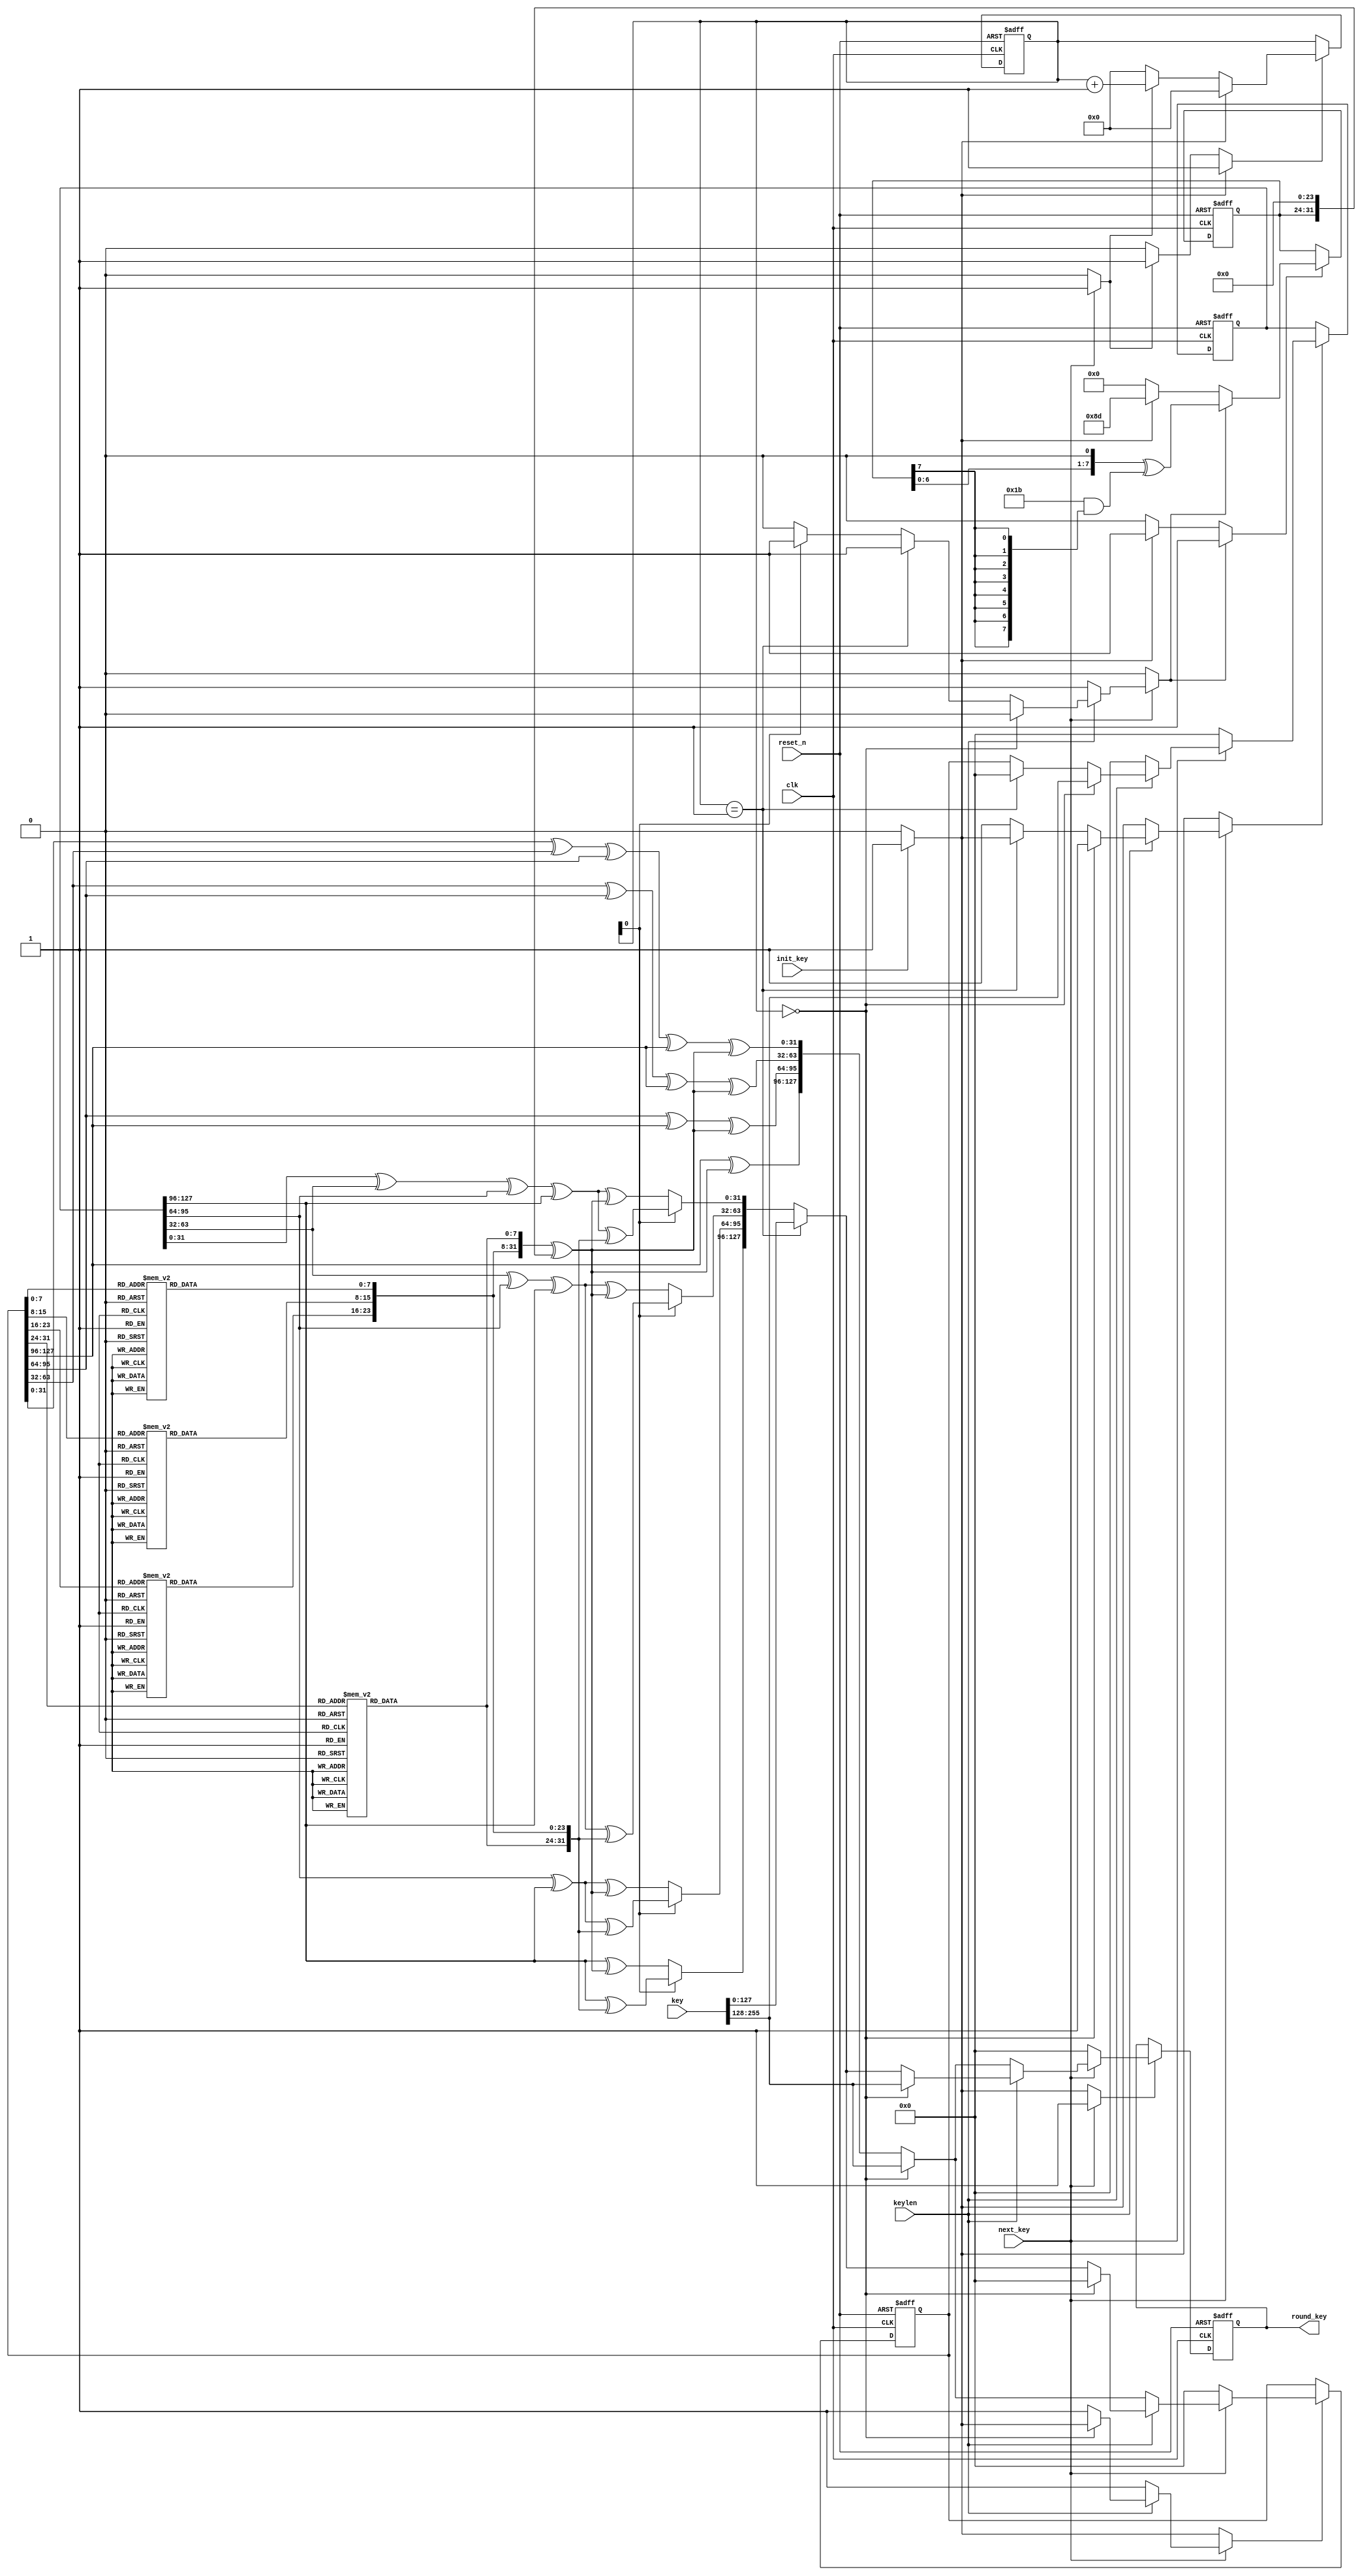
module aes_key_mem(
                   input wire            clk,
                   input wire            reset_n,

                   input wire [255 : 0]  key,
                   input wire            keylen,
                   input wire            init_key,
                   input wire            next_key,

                   output wire [127 : 0] round_key
                  );


  //----------------------------------------------------------------
  // Parameters.
  //----------------------------------------------------------------
  localparam AES_128_BIT_KEY = 1'h0;
  localparam AES_256_BIT_KEY = 1'h1;


  //----------------------------------------------------------------
  // Registers.
  //----------------------------------------------------------------
  reg [127 : 0] prev_key0_reg;
  reg [127 : 0] prev_key0_new;
  reg           prev_key0_we;

  reg [127 : 0] prev_key1_reg;
  reg [127 : 0] prev_key1_new;
  reg           prev_key1_we;

  reg [127 : 0] round_key_reg;
  reg [127 : 0] round_key_new;
  reg           round_key_we;

  reg [3 : 0] round_ctr_reg;
  reg [3 : 0] round_ctr_new;
  reg         round_ctr_rst;
  reg         round_ctr_inc;
  reg         round_ctr_we;

  reg [7 : 0] rcon_reg;
  reg [7 : 0] rcon_new;
  reg         rcon_we;
  reg         rcon_set;
  reg         rcon_next;


  //----------------------------------------------------------------
  // Functions.
  //----------------------------------------------------------------
  function [7 : 0] sb(input [7 : 0] x);
    case(x)
      8'h00: sb = 8'h63;
      8'h01: sb = 8'h7c;
      8'h02: sb = 8'h77;
      8'h03: sb = 8'h7b;
      8'h04: sb = 8'hf2;
      8'h05: sb = 8'h6b;
      8'h06: sb = 8'h6f;
      8'h07: sb = 8'hc5;
      8'h08: sb = 8'h30;
      8'h09: sb = 8'h01;
      8'h0a: sb = 8'h67;
      8'h0b: sb = 8'h2b;
      8'h0c: sb = 8'hfe;
      8'h0d: sb = 8'hd7;
      8'h0e: sb = 8'hab;
      8'h0f: sb = 8'h76;
      8'h10: sb = 8'hca;
      8'h11: sb = 8'h82;
      8'h12: sb = 8'hc9;
      8'h13: sb = 8'h7d;
      8'h14: sb = 8'hfa;
      8'h15: sb = 8'h59;
      8'h16: sb = 8'h47;
      8'h17: sb = 8'hf0;
      8'h18: sb = 8'had;
      8'h19: sb = 8'hd4;
      8'h1a: sb = 8'ha2;
      8'h1b: sb = 8'haf;
      8'h1c: sb = 8'h9c;
      8'h1d: sb = 8'ha4;
      8'h1e: sb = 8'h72;
      8'h1f: sb = 8'hc0;
      8'h20: sb = 8'hb7;
      8'h21: sb = 8'hfd;
      8'h22: sb = 8'h93;
      8'h23: sb = 8'h26;
      8'h24: sb = 8'h36;
      8'h25: sb = 8'h3f;
      8'h26: sb = 8'hf7;
      8'h27: sb = 8'hcc;
      8'h28: sb = 8'h34;
      8'h29: sb = 8'ha5;
      8'h2a: sb = 8'he5;
      8'h2b: sb = 8'hf1;
      8'h2c: sb = 8'h71;
      8'h2d: sb = 8'hd8;
      8'h2e: sb = 8'h31;
      8'h2f: sb = 8'h15;
      8'h30: sb = 8'h04;
      8'h31: sb = 8'hc7;
      8'h32: sb = 8'h23;
      8'h33: sb = 8'hc3;
      8'h34: sb = 8'h18;
      8'h35: sb = 8'h96;
      8'h36: sb = 8'h05;
      8'h37: sb = 8'h9a;
      8'h38: sb = 8'h07;
      8'h39: sb = 8'h12;
      8'h3a: sb = 8'h80;
      8'h3b: sb = 8'he2;
      8'h3c: sb = 8'heb;
      8'h3d: sb = 8'h27;
      8'h3e: sb = 8'hb2;
      8'h3f: sb = 8'h75;
      8'h40: sb = 8'h09;
      8'h41: sb = 8'h83;
      8'h42: sb = 8'h2c;
      8'h43: sb = 8'h1a;
      8'h44: sb = 8'h1b;
      8'h45: sb = 8'h6e;
      8'h46: sb = 8'h5a;
      8'h47: sb = 8'ha0;
      8'h48: sb = 8'h52;
      8'h49: sb = 8'h3b;
      8'h4a: sb = 8'hd6;
      8'h4b: sb = 8'hb3;
      8'h4c: sb = 8'h29;
      8'h4d: sb = 8'he3;
      8'h4e: sb = 8'h2f;
      8'h4f: sb = 8'h84;
      8'h50: sb = 8'h53;
      8'h51: sb = 8'hd1;
      8'h52: sb = 8'h00;
      8'h53: sb = 8'hed;
      8'h54: sb = 8'h20;
      8'h55: sb = 8'hfc;
      8'h56: sb = 8'hb1;
      8'h57: sb = 8'h5b;
      8'h58: sb = 8'h6a;
      8'h59: sb = 8'hcb;
      8'h5a: sb = 8'hbe;
      8'h5b: sb = 8'h39;
      8'h5c: sb = 8'h4a;
      8'h5d: sb = 8'h4c;
      8'h5e: sb = 8'h58;
      8'h5f: sb = 8'hcf;
      8'h60: sb = 8'hd0;
      8'h61: sb = 8'hef;
      8'h62: sb = 8'haa;
      8'h63: sb = 8'hfb;
      8'h64: sb = 8'h43;
      8'h65: sb = 8'h4d;
      8'h66: sb = 8'h33;
      8'h67: sb = 8'h85;
      8'h68: sb = 8'h45;
      8'h69: sb = 8'hf9;
      8'h6a: sb = 8'h02;
      8'h6b: sb = 8'h7f;
      8'h6c: sb = 8'h50;
      8'h6d: sb = 8'h3c;
      8'h6e: sb = 8'h9f;
      8'h6f: sb = 8'ha8;
      8'h70: sb = 8'h51;
      8'h71: sb = 8'ha3;
      8'h72: sb = 8'h40;
      8'h73: sb = 8'h8f;
      8'h74: sb = 8'h92;
      8'h75: sb = 8'h9d;
      8'h76: sb = 8'h38;
      8'h77: sb = 8'hf5;
      8'h78: sb = 8'hbc;
      8'h79: sb = 8'hb6;
      8'h7a: sb = 8'hda;
      8'h7b: sb = 8'h21;
      8'h7c: sb = 8'h10;
      8'h7d: sb = 8'hff;
      8'h7e: sb = 8'hf3;
      8'h7f: sb = 8'hd2;
      8'h80: sb = 8'hcd;
      8'h81: sb = 8'h0c;
      8'h82: sb = 8'h13;
      8'h83: sb = 8'hec;
      8'h84: sb = 8'h5f;
      8'h85: sb = 8'h97;
      8'h86: sb = 8'h44;
      8'h87: sb = 8'h17;
      8'h88: sb = 8'hc4;
      8'h89: sb = 8'ha7;
      8'h8a: sb = 8'h7e;
      8'h8b: sb = 8'h3d;
      8'h8c: sb = 8'h64;
      8'h8d: sb = 8'h5d;
      8'h8e: sb = 8'h19;
      8'h8f: sb = 8'h73;
      8'h90: sb = 8'h60;
      8'h91: sb = 8'h81;
      8'h92: sb = 8'h4f;
      8'h93: sb = 8'hdc;
      8'h94: sb = 8'h22;
      8'h95: sb = 8'h2a;
      8'h96: sb = 8'h90;
      8'h97: sb = 8'h88;
      8'h98: sb = 8'h46;
      8'h99: sb = 8'hee;
      8'h9a: sb = 8'hb8;
      8'h9b: sb = 8'h14;
      8'h9c: sb = 8'hde;
      8'h9d: sb = 8'h5e;
      8'h9e: sb = 8'h0b;
      8'h9f: sb = 8'hdb;
      8'ha0: sb = 8'he0;
      8'ha1: sb = 8'h32;
      8'ha2: sb = 8'h3a;
      8'ha3: sb = 8'h0a;
      8'ha4: sb = 8'h49;
      8'ha5: sb = 8'h06;
      8'ha6: sb = 8'h24;
      8'ha7: sb = 8'h5c;
      8'ha8: sb = 8'hc2;
      8'ha9: sb = 8'hd3;
      8'haa: sb = 8'hac;
      8'hab: sb = 8'h62;
      8'hac: sb = 8'h91;
      8'had: sb = 8'h95;
      8'hae: sb = 8'he4;
      8'haf: sb = 8'h79;
      8'hb0: sb = 8'he7;
      8'hb1: sb = 8'hc8;
      8'hb2: sb = 8'h37;
      8'hb3: sb = 8'h6d;
      8'hb4: sb = 8'h8d;
      8'hb5: sb = 8'hd5;
      8'hb6: sb = 8'h4e;
      8'hb7: sb = 8'ha9;
      8'hb8: sb = 8'h6c;
      8'hb9: sb = 8'h56;
      8'hba: sb = 8'hf4;
      8'hbb: sb = 8'hea;
      8'hbc: sb = 8'h65;
      8'hbd: sb = 8'h7a;
      8'hbe: sb = 8'hae;
      8'hbf: sb = 8'h08;
      8'hc0: sb = 8'hba;
      8'hc1: sb = 8'h78;
      8'hc2: sb = 8'h25;
      8'hc3: sb = 8'h2e;
      8'hc4: sb = 8'h1c;
      8'hc5: sb = 8'ha6;
      8'hc6: sb = 8'hb4;
      8'hc7: sb = 8'hc6;
      8'hc8: sb = 8'he8;
      8'hc9: sb = 8'hdd;
      8'hca: sb = 8'h74;
      8'hcb: sb = 8'h1f;
      8'hcc: sb = 8'h4b;
      8'hcd: sb = 8'hbd;
      8'hce: sb = 8'h8b;
      8'hcf: sb = 8'h8a;
      8'hd0: sb = 8'h70;
      8'hd1: sb = 8'h3e;
      8'hd2: sb = 8'hb5;
      8'hd3: sb = 8'h66;
      8'hd4: sb = 8'h48;
      8'hd5: sb = 8'h03;
      8'hd6: sb = 8'hf6;
      8'hd7: sb = 8'h0e;
      8'hd8: sb = 8'h61;
      8'hd9: sb = 8'h35;
      8'hda: sb = 8'h57;
      8'hdb: sb = 8'hb9;
      8'hdc: sb = 8'h86;
      8'hdd: sb = 8'hc1;
      8'hde: sb = 8'h1d;
      8'hdf: sb = 8'h9e;
      8'he0: sb = 8'he1;
      8'he1: sb = 8'hf8;
      8'he2: sb = 8'h98;
      8'he3: sb = 8'h11;
      8'he4: sb = 8'h69;
      8'he5: sb = 8'hd9;
      8'he6: sb = 8'h8e;
      8'he7: sb = 8'h94;
      8'he8: sb = 8'h9b;
      8'he9: sb = 8'h1e;
      8'hea: sb = 8'h87;
      8'heb: sb = 8'he9;
      8'hec: sb = 8'hce;
      8'hed: sb = 8'h55;
      8'hee: sb = 8'h28;
      8'hef: sb = 8'hdf;
      8'hf0: sb = 8'h8c;
      8'hf1: sb = 8'ha1;
      8'hf2: sb = 8'h89;
      8'hf3: sb = 8'h0d;
      8'hf4: sb = 8'hbf;
      8'hf5: sb = 8'he6;
      8'hf6: sb = 8'h42;
      8'hf7: sb = 8'h68;
      8'hf8: sb = 8'h41;
      8'hf9: sb = 8'h99;
      8'hfa: sb = 8'h2d;
      8'hfb: sb = 8'h0f;
      8'hfc: sb = 8'hb0;
      8'hfd: sb = 8'h54;
      8'hfe: sb = 8'hbb;
      8'hff: sb = 8'h16;
    endcase // case (x)
  endfunction // sb

  function [31 : 0] sbox(input [31 : 0] xw);
    sbox = {sb(xw[31 : 24]), sb(xw[23 : 16]),
            sb(xw[15 : 08]), sb(xw[07 : 00])};
  endfunction // sbox


  //----------------------------------------------------------------
  // Concurrent assignments for ports.
  //----------------------------------------------------------------
  assign round_key = round_key_reg;


  //----------------------------------------------------------------
  // reg_update
  //
  // Update functionality for all registers in the core.
  // All registers are positive edge triggered with asynchronous
  // active low reset. All registers have write enable.
  //----------------------------------------------------------------
  always @ (posedge clk or negedge reset_n)
    begin: reg_update
      if (!reset_n)
        begin
          rcon_reg         <= 8'h0;
          round_ctr_reg    <= 4'h0;
          prev_key0_reg    <= 128'h0;
          prev_key1_reg    <= 128'h0;
          round_key_reg    <= 128'h0;
        end
      else
        begin
          if (round_ctr_we)
            round_ctr_reg <= round_ctr_new;

          if (rcon_we)
            rcon_reg <= rcon_new;

          if (prev_key0_we)
            prev_key0_reg <= prev_key0_new;

          if (prev_key1_we)
            prev_key1_reg <= prev_key1_new;

          if (round_key_we)
            round_key_reg <= round_key_new;
        end
    end // reg_update


  //----------------------------------------------------------------
  // round_key_gen
  //
  // The round key generator logic for AES-128 and AES-256.
  //----------------------------------------------------------------
  always @*
    begin: round_key_gen
      reg [31 : 0] w0, w1, w2, w3, w4, w5, w6, w7;
      reg [31 : 0] k0, k1, k2, k3;
      reg [31 : 0] rconw, new_sboxw, rotstw, tw, trw;

      prev_key0_new = 128'h0;
      prev_key0_we  = 1'h0;
      prev_key1_new = 128'h0;
      prev_key1_we  = 1'h0;
      round_key_new = 128'h0;
      round_key_we  = 1'h0;
      k0            = 32'h0;
      k1            = 32'h0;
      k2            = 32'h0;
      k3            = 32'h0;
      rcon_next     = 1'h0;
      rcon_set      = 1'h0;
      round_ctr_rst = 1'h0;
      round_ctr_inc = 1'h0;

      // Extract words and calculate intermediate values.
      // Perform rotation of sbox word etc.
      w0 = prev_key0_reg[127 : 096];
      w1 = prev_key0_reg[095 : 064];
      w2 = prev_key0_reg[063 : 032];
      w3 = prev_key0_reg[031 : 000];

      w4 = prev_key1_reg[127 : 096];
      w5 = prev_key1_reg[095 : 064];
      w6 = prev_key1_reg[063 : 032];
      w7 = prev_key1_reg[031 : 000];

      rconw = {rcon_reg, 24'h0};
      new_sboxw = sbox(w7);
      tw = new_sboxw;
      rotstw = {new_sboxw[23 : 00], new_sboxw[31 : 24]};
      trw = rotstw ^ rconw;


      if (init_key)
        begin
          rcon_set      = 1'h1;
          prev_key0_new = 128'h0;
          prev_key0_we  = 1'h1;
          prev_key1_new = 128'h0;
          prev_key1_we  = 1'h1;
          round_key_new = 128'h0;
          round_key_we  = 1'h1;
          round_ctr_rst = 1'h1;
        end


      if (next_key)
        begin
          round_key_we  = 1'h1;
          round_ctr_inc = 1'h1;

          if (keylen == AES_128_BIT_KEY)
            begin
              if (round_ctr_reg == 0)
                begin
                  round_key_new = key[255 : 128];
                  prev_key1_new = key[255 : 128];
                  prev_key1_we  = 1'b1;
                  rcon_next     = 1'b1;
                end
              else
                begin
                  k0 = w4 ^ trw;
                  k1 = w5 ^ w4 ^ trw;
                  k2 = w6 ^ w5 ^ w4 ^ trw;
                  k3 = w7 ^ w6 ^ w5 ^ w4 ^ trw;

                  round_key_new = {k0, k1, k2, k3};
                  prev_key1_new = {k0, k1, k2, k3};
                  prev_key1_we  = 1'b1;
                  rcon_next     = 1'b1;
                end
            end

          else
            begin
              // AES_256_BIT_KEY
              if (round_ctr_reg == 0)
                begin
                  round_key_new = key[255 : 128];
                  prev_key0_new = key[255 : 128];
                  prev_key0_we  = 1'b1;
                end
              else if (round_ctr_reg == 1)
                begin
                  round_key_new = key[127 : 0];
                  prev_key1_new = key[127 : 0];
                  prev_key1_we  = 1'b1;
                  rcon_next     = 1'b1;
                end
              else
                begin
                  if (round_ctr_reg[0] == 0)
                    begin
                      k0 = w0 ^ trw;
                      k1 = w1 ^ w0 ^ trw;
                      k2 = w2 ^ w1 ^ w0 ^ trw;
                      k3 = w3 ^ w2 ^ w1 ^ w0 ^ trw;
                    end
                  else
                    begin
                      k0 = w0 ^ tw;
                      k1 = w1 ^ w0 ^ tw;
                      k2 = w2 ^ w1 ^ w0 ^ tw;
                      k3 = w3 ^ w2 ^ w1 ^ w0 ^ tw;
                      rcon_next = 1'b1;
                    end

                  // Store the generated round keys.
                  round_key_new = {k0, k1, k2, k3};
                  prev_key1_new = {k0, k1, k2, k3};
                  prev_key1_we  = 1'b1;
                  prev_key0_new = prev_key1_reg;
                  prev_key0_we  = 1'b1;
                end
            end
        end
    end // round_key_gen


  //----------------------------------------------------------------
  // rcon_logic
  //
  // Caclulates the rcon value for the different key expansion
  // iterations.
  //----------------------------------------------------------------
  always @*
    begin : rcon_logic
      reg [7 : 0] tmp_rcon;
      rcon_new = 8'h00;
      rcon_we  = 1'b0;

      tmp_rcon = {rcon_reg[6 : 0], 1'b0} ^ (8'h1b & {8{rcon_reg[7]}});

      if (rcon_set)
        begin
          rcon_new = 8'h8d;
          rcon_we  = 1'b1;
        end

      if (rcon_next)
        begin
          rcon_new = tmp_rcon[7 : 0];
          rcon_we  = 1'b1;
        end
    end


  //----------------------------------------------------------------
  // round_ctr
  //
  // The round counter logic with increase and reset.
  //----------------------------------------------------------------
  always @*
    begin : round_ctr
      round_ctr_new = 4'h0;
      round_ctr_we  = 1'b0;

      if (round_ctr_rst)
        begin
          round_ctr_new = 4'h0;
          round_ctr_we  = 1'b1;
        end

      else if (round_ctr_inc)
        begin
          round_ctr_new = round_ctr_reg + 1'b1;
          round_ctr_we  = 1'b1;
        end
    end

endmodule